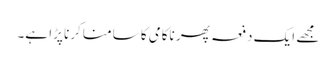
مجھے ایک دفعہ پھر ناکامی کا سامنا کرنا پڑا ہے۔